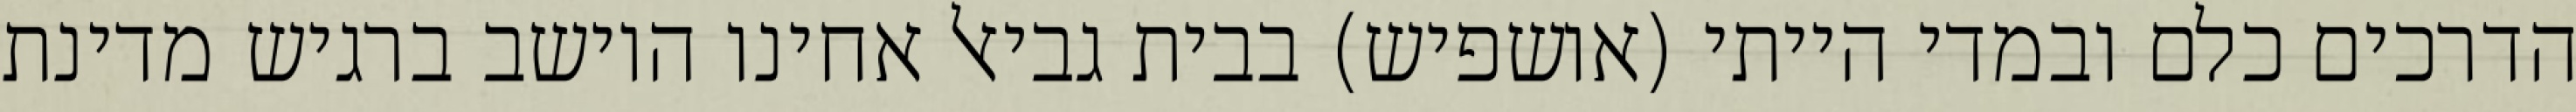
הדרכים כלם ובמדי הייתי (אושפיש) בבית גביאל אחינו היושב ברגיש מדינת